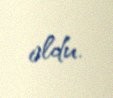
oldu.